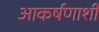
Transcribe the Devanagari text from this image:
आकर्षणाशी